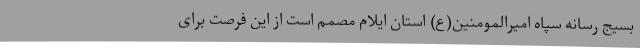
بسیج رسانه سپاه امیرالمومنین(ع) استان ایلام مصمم است از این فرصت برای